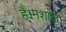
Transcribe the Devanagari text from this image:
हैं।मशाल